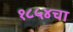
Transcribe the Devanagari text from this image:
१८५४चा